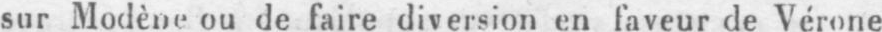
sur Modène ou de faire diversion en faveur de Vérone